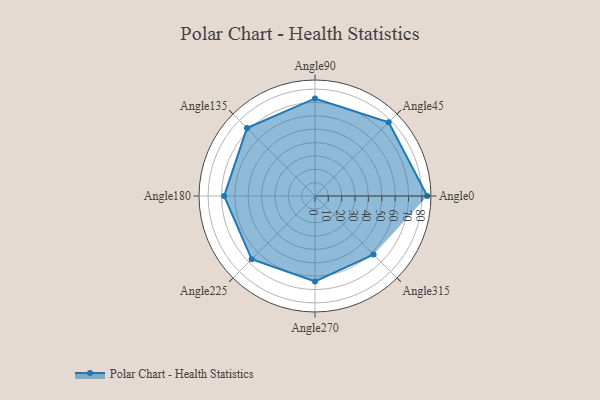
{"axis": {"x": "Angle", "y": "Radius"}, "legend": [""], "data": [{"x": "Angle0", "y": 84.0, "type": ""}, {"x": "Angle45", "y": 78.0, "type": ""}, {"x": "Angle90", "y": 73.0, "type": ""}, {"x": "Angle135", "y": 72.0, "type": ""}, {"x": "Angle180", "y": 68.0, "type": ""}, {"x": "Angle225", "y": 67.0, "type": ""}, {"x": "Angle270", "y": 64.0, "type": ""}, {"x": "Angle315", "y": 62.0, "type": ""}]}